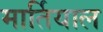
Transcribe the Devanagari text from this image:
मार्तियाल